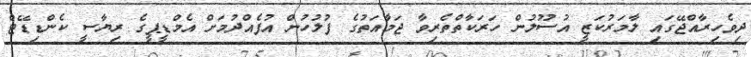
ދިވެހިރާއްޖޭގައި ލާމަރުކަޒީ އުސޫލުން ހަރަކާތްތެރިވާ ޖަމާއަތުގެ ފުލުހުން އުފެއްދުމަށް އެމްޑީޕީގެ ރިޔާސީ ކެންޑިޑޭޓް